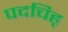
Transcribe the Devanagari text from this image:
पदचिह्